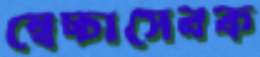
স্বেচ্চাসেবক